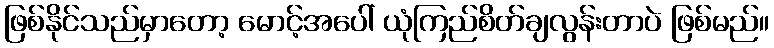
ဖြစ်နိုင်သည်မှာတော့ မောင့်အပေါ် ယုံကြည်စိတ်ချလွန်းတာပဲ ဖြစ်မည်။